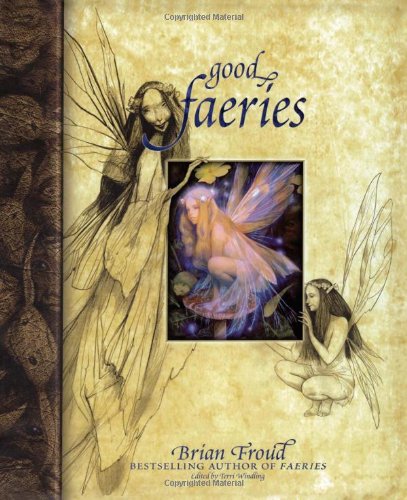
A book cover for Good Faeries/Bad Faeries; Brian Froud; Literature & Fiction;